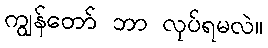
ကျွန်တော် ဘာ လုပ်ရမလဲ။